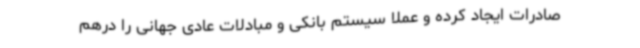
صادرات ایجاد کرده و عملاً سیستم بانکی و مبادلات عادی جهانی را درهم